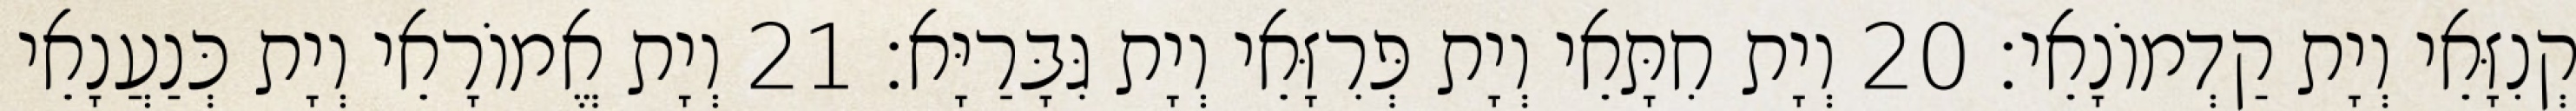
קְנִזָּאֵי וְיָת קַדְמוֹנָאֵי׃ 20 וְיָת חִתָּאֵי וְיָת פְּרִזָּאֵי וְיָת גִּבָּרַיָּא׃ 21 וְיָת אֱמוֹרָאֵי וְיָת כְּנַעֲנָאֵי